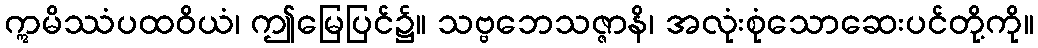
ဣမိဿံပထဝိယံ၊ ဤမြေပြင်၌။ သဗ္ဗဘေသဇ္ဇာနိ၊ အလုံးစုံသောဆေးပင်တို့ကို။